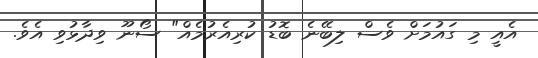
އެއީ މި ގައުމަށް ވެސް ލިބޭނެ ބޮޑު ކުރިއެރުމެއް" ސޯނޫ ވިދާޅުވި އެވެ.